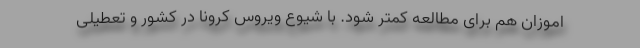
اموزان هم برای مطالعه کمتر شود. با شیوع ویروس کرونا در کشور و تعطیلی